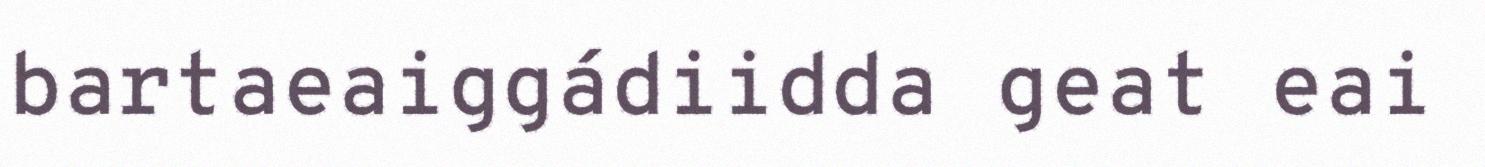
bartaeaiggádiidda geat eai